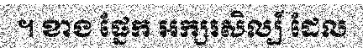
។ ខាង ផ្នែក អក្សរសិល្ប៍ ដែល